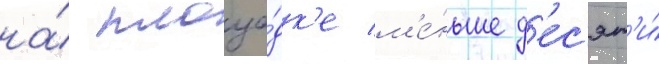
на́ площа́дк'е м'е́ньше д'ес'ят'и́